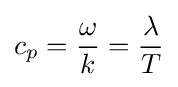
c_{p}={\frac {\omega }{k}}={\frac {\lambda }{T}}